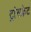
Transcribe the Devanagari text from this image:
ट्रांसफ़्रेट